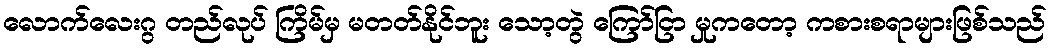
လောက်လေးဂွ တည်လုပ် ကြိမ်မှ မတတ်နိုင်ဘူး သော့တွဲ ကြော်ငြာ မှုကတော့ ကစားစရာများဖြစ်သည်